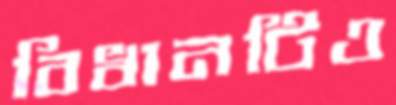
বিধানটিও